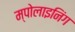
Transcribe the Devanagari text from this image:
म्पोलाइनिंग